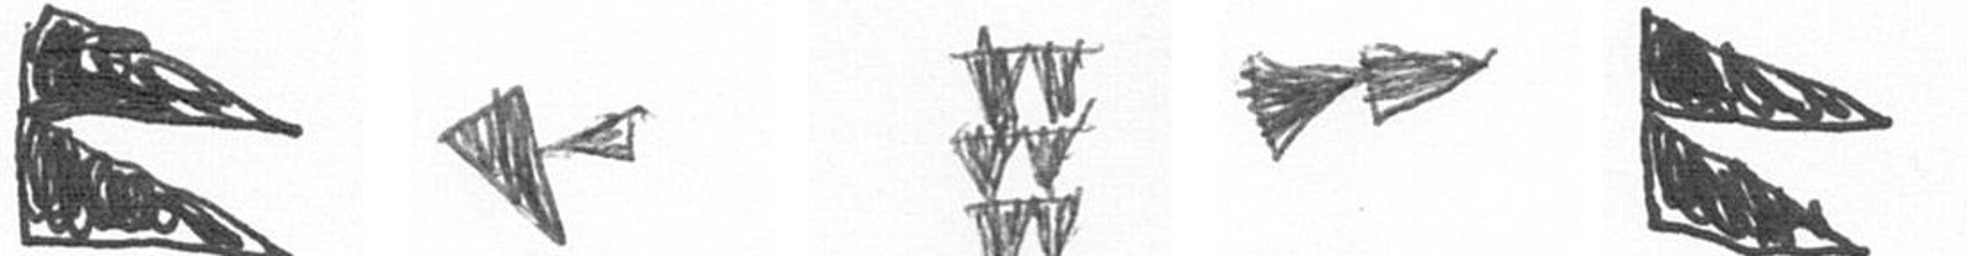
P F Y A P